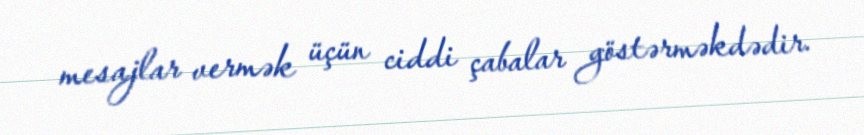
mesajlar vermək üçün ciddi çabalar göstərməkdədir.